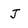
Character: J